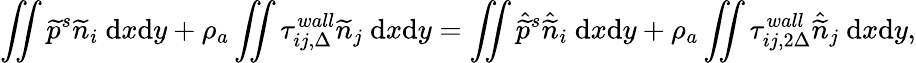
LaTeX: \iint\widetilde{p}^{s}\widetilde{n}_{i}\ \mathrm{d}x\mathrm{d}y+\rho_{a}\iint\tau_{ij,\Delta}^{wall}\widetilde{n}_{j}\ \mathrm{d}x\mathrm{d}y=\iint\hat{\widetilde{p}}^{s}\hat{\widetilde{n}}_{i}\ \mathrm{d}x\mathrm{d}y+\rho_{a}\iint\tau_{ij,2\Delta}^{wall}\hat{\widetilde{n}}_{j}\ \mathrm{d}x\mathrm{d}y,